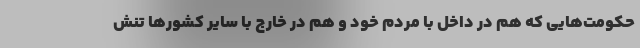
حکومت‌هایی که هم در داخل با مردم خود و هم در خارج با سایر کشورها تنش